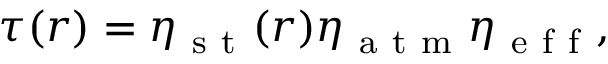
\tau ( r ) = \eta _ { \mathrm { ~ s ~ t ~ } } ( r ) \eta _ { \mathrm { ~ a ~ t ~ m ~ } } \eta _ { \mathrm { ~ e ~ f ~ f ~ } } ,